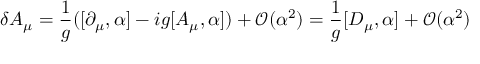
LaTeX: \delta A _ { \mu } = { \frac { 1 } { g } } ( [ \partial _ { \mu } , \alpha ] - i g [ A _ { \mu } , \alpha ] ) + { \mathcal { O } } ( \alpha ^ { 2 } ) = { \frac { 1 } { g } } [ D _ { \mu } , \alpha ] + { \mathcal { O } } ( \alpha ^ { 2 } )